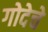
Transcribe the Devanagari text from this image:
गोदेचे